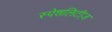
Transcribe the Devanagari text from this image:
स्पेशलिटीज़